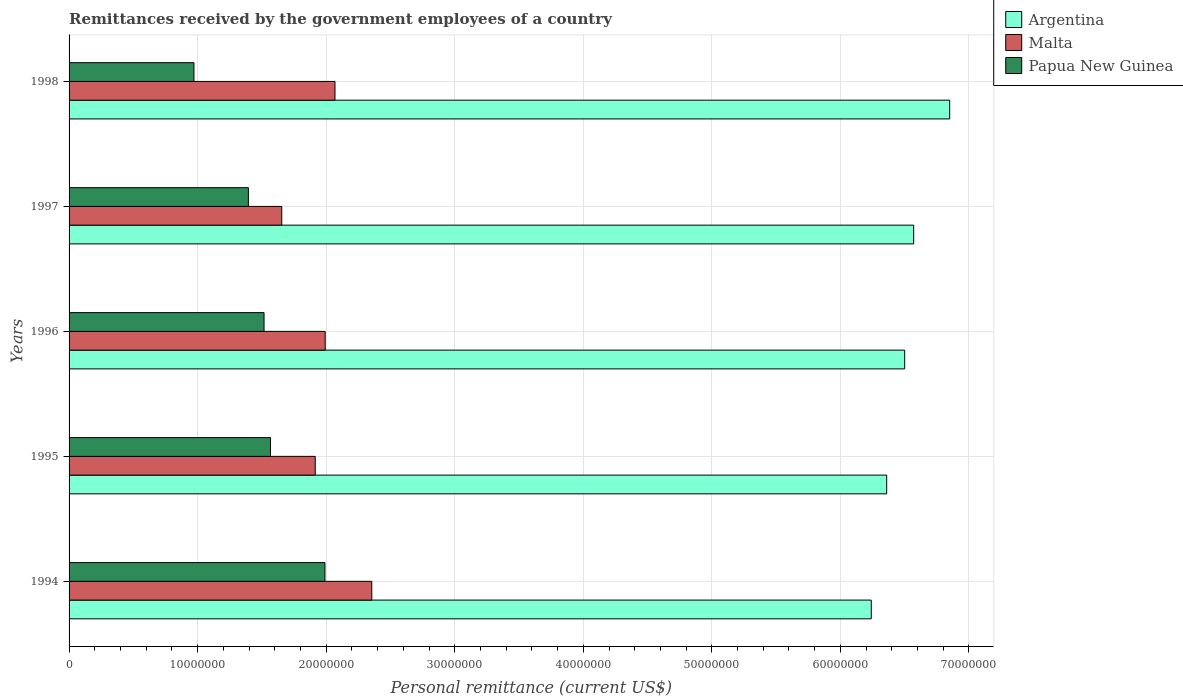
| Years | Argentina | Malta | Papua New Guinea |
 | --- | --- | --- | --- |
 | 1994 | 6.24e+07 | 2.35e+07 | 1.99e+07 |
 | 1995 | 6.36e+07 | 1.91e+07 | 1.57e+07 |
 | 1996 | 6.5e+07 | 1.99e+07 | 1.52e+07 |
 | 1997 | 6.57e+07 | 1.65e+07 | 1.39e+07 |
 | 1998 | 6.85e+07 | 2.07e+07 | 9.71e+06 |